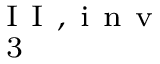
_ { \mathrm { ~ 3 ~ } } ^ { \mathrm { ~ I ~ I ~ , ~ i ~ n ~ v ~ } }